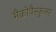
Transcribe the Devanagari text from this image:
मैक्रोवैस्कुलर